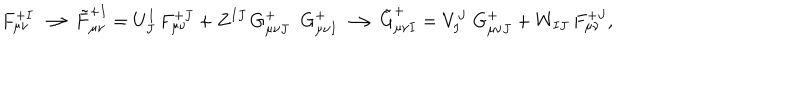
LaTeX: \displaystyle { F _ { \mu \nu } ^ { + I } \longrightarrow \tilde { F } _ { \mu \nu } ^ { + I } = U _ { J } ^ { I } \, F _ { \mu \nu } ^ { + J } + Z ^ { I J } \, G _ { \mu \nu J } ^ { + } \; \; G _ { \mu \nu I } ^ { + } \longrightarrow \tilde { G } _ { \mu \nu I } ^ { + } = V _ { I } ^ { J } \; G _ { \mu \nu J } ^ { + } + W _ { I J } \, F _ { \mu \nu } ^ { + J } } ,